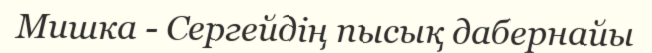
Мишка - Сергейдің пысық дабернайы